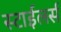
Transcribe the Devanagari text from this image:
स्टाईलर्स